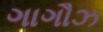
ગાગૌઝ